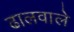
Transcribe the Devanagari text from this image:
ढालवाले